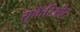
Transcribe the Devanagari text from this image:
यूकॅरिओट